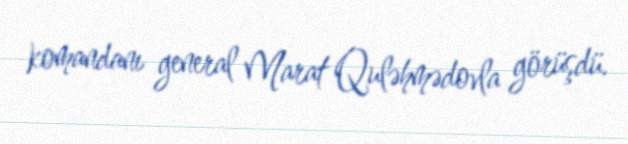
komandanı general Marat Quləhmədovla görüşdü.